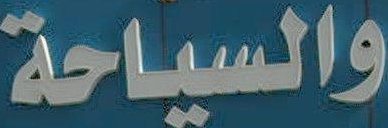
والسياحة